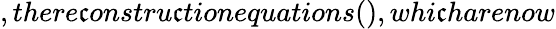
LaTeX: ,there\mathfrak{c}onstru\mathfrak{c}tionequations(),whi\mathfrak{c}harenow